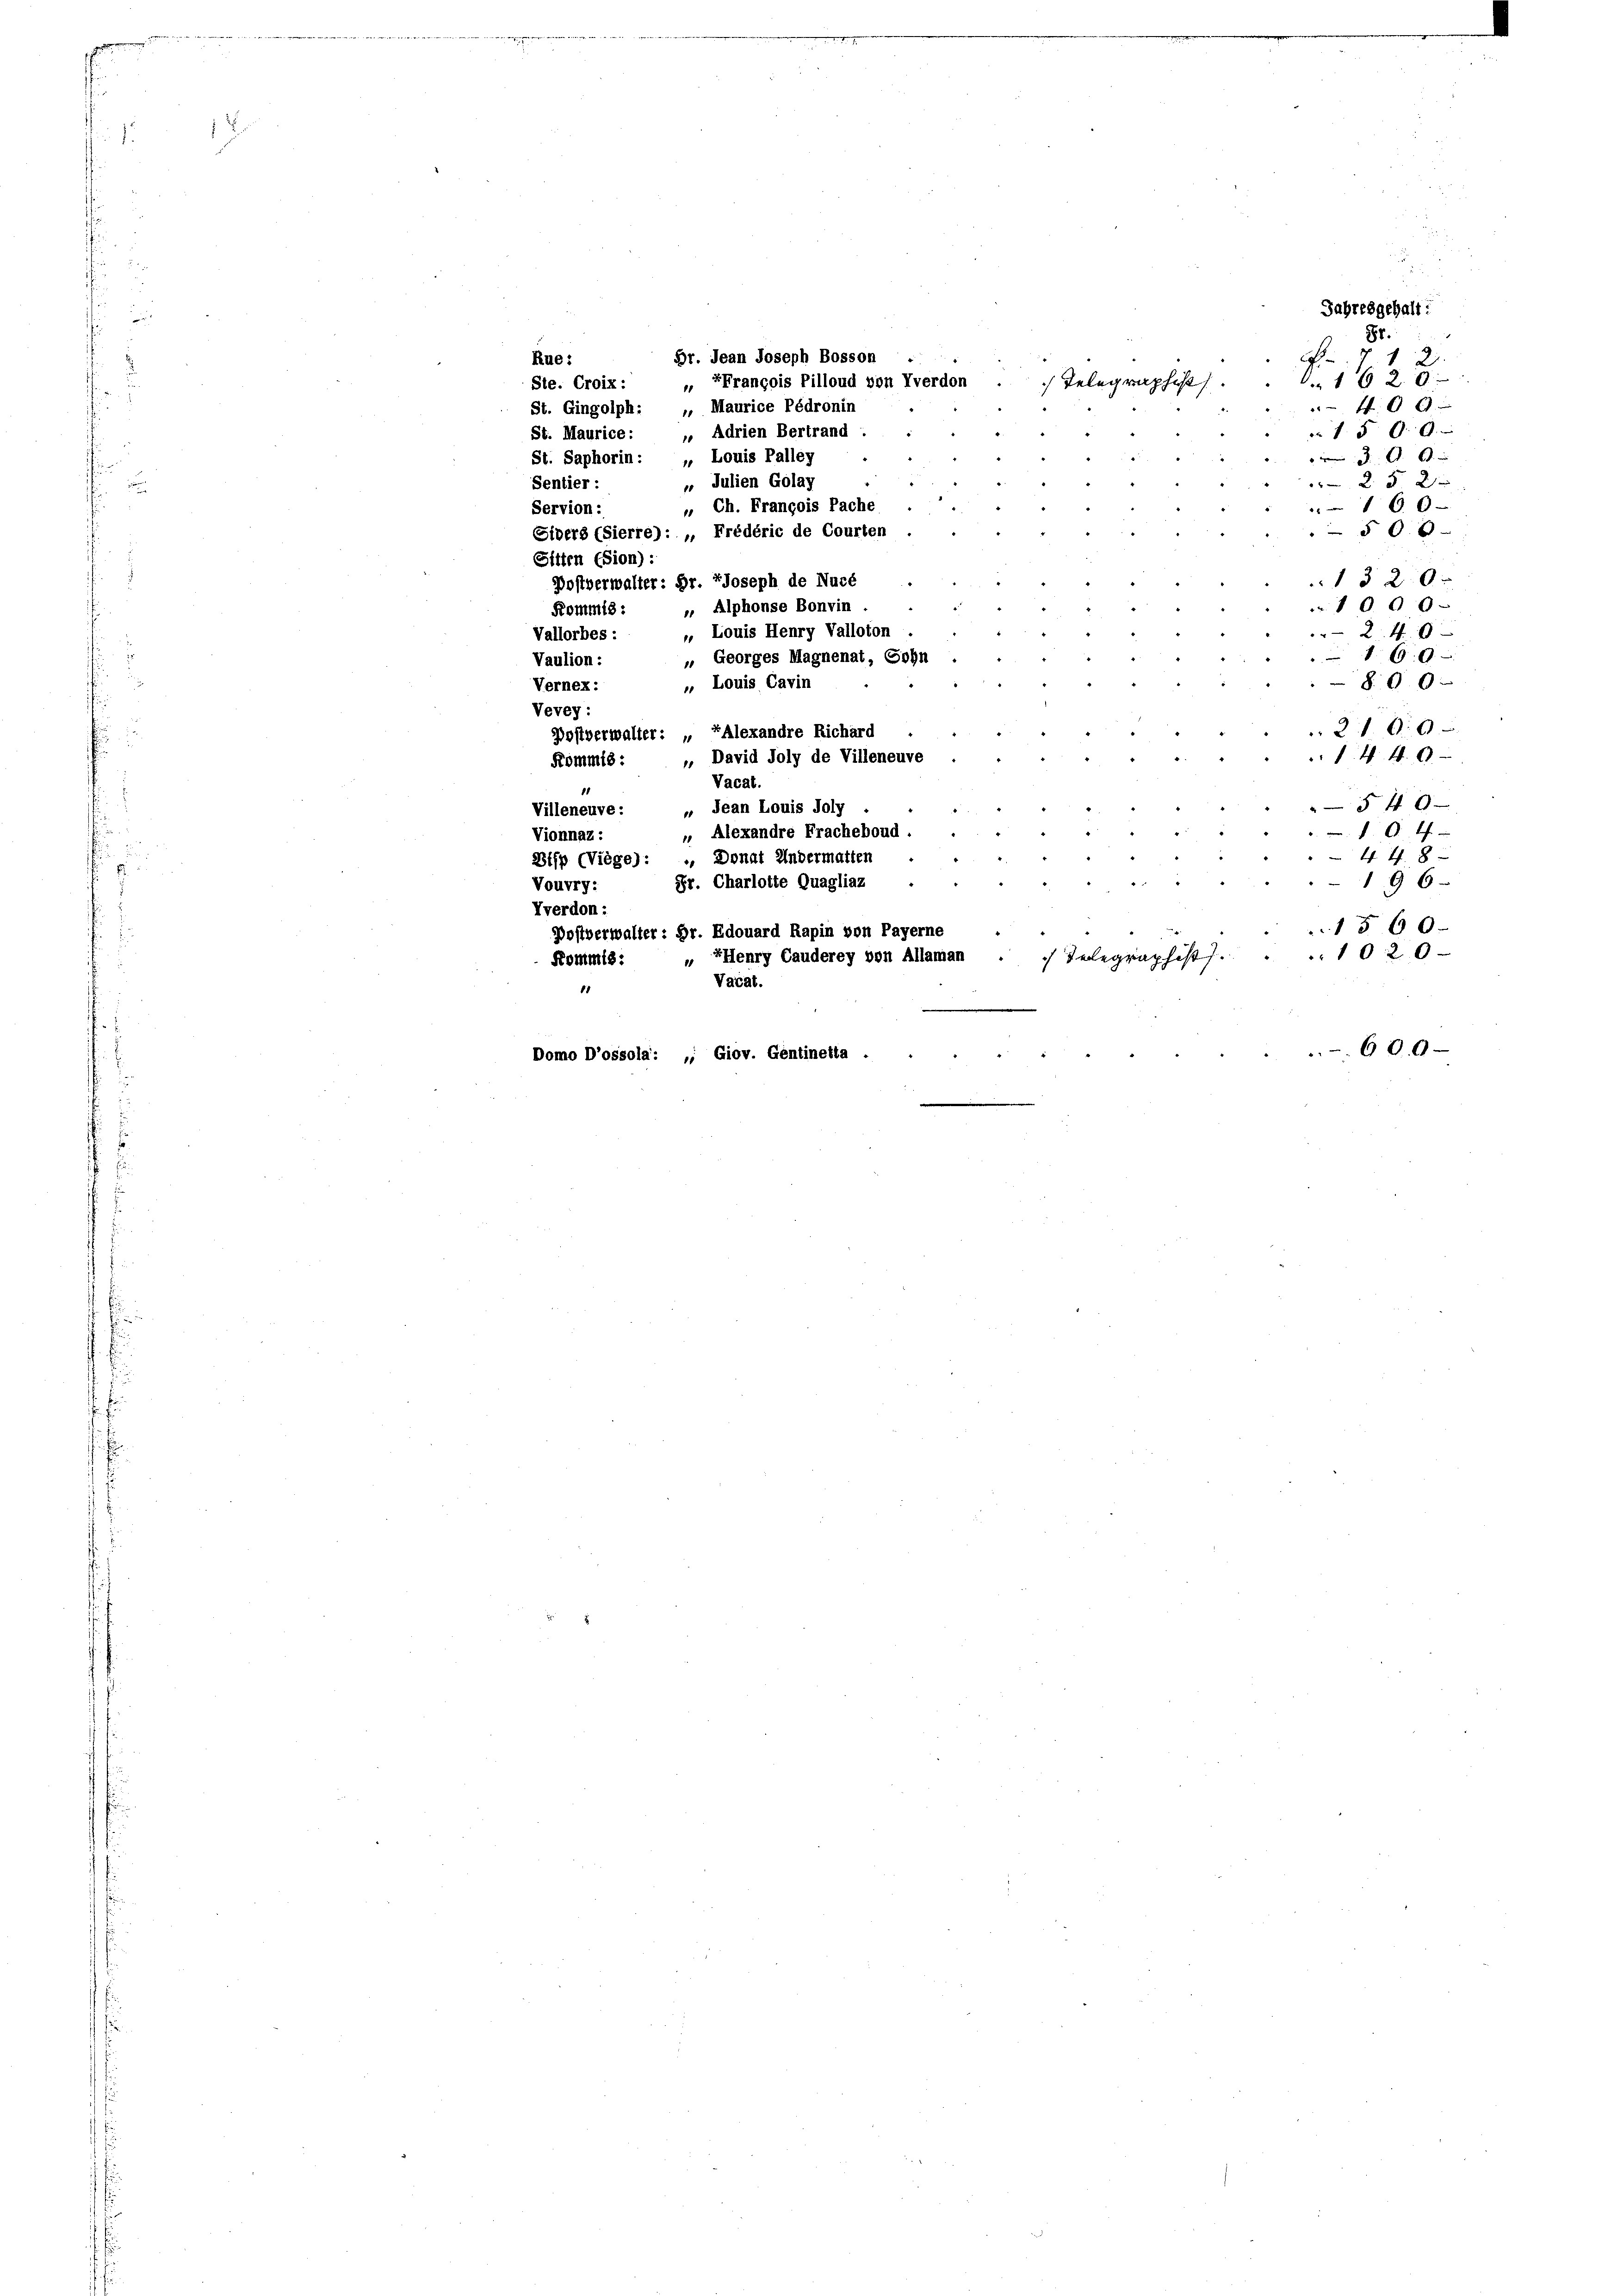
Jahresgehalt:
Sr.
F. 7
Rue:
 1620
 40 x
St. Gingolph: „ Maurice Pédronin
 15 f 0
St. Maurice: „ Adrien Bertrand :
30
St. Saphorin : „ Louis Palley
2 § 2
„ Julien Golay
Sentier :
160 x
Servion:
18
§ 60
Gibers (Sierre): „Frédéric de Courten
Sitten (Sion) :
1320.
Postverwalter: Dr. Joseph de Nucé
, Alphonse Bonvin
100
Kommis:
24 x
Vallorbes :
10
69
„ Georges Magnenat, Sohn
Vaulion:
800
„ Louis Cavin
Vernex:
Vevey:
2109
Postverwalter: „EAlexandre Richard
14. 40
Kommts: „ David Joly de Villeneuve
Vacat.
11
540
„ Jean Louis Joly .
Villeneuve :
A
 Alexandre Fracheboud :

Vionnaz:
44. 8
Bifp (Viège): ., Donat Andermatten
Pr. Charlotte Quagliaz
196
Vouvry:
Vverdon :
1560
Dostverwalter: Dr. Edouard Rapin von Payerne
EHenry Cauderey von Allaman
 Telegraphist. . . 1020
Kommis:
Vacat.
11
600
Domo D’ossola: „; Giov. Gentinetta .

Br. Jean Joseph Bosson

Ste. Croix: Ekrancois Pilloud von Yverdon .   Telegraphist.

Ch. François Pache

Louis Henry Valloton

2.